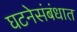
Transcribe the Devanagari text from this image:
घटनेसंबंधात